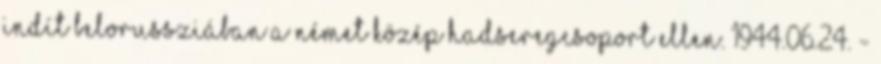
indít Belorussziában a német Közép Hadseregcsoport ellen. 1944.06.24. -